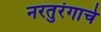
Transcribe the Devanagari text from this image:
नरतुरंगाचे